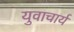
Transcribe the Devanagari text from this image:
युवाचार्य